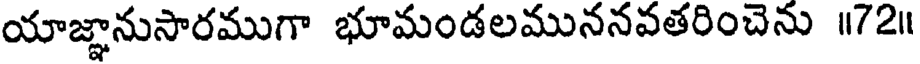
యాజ్ఞానుసారముగా భూమండలముననవతరించెను ॥72॥